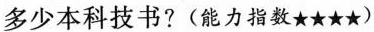
多少本科技书?(能力指数★★★★)